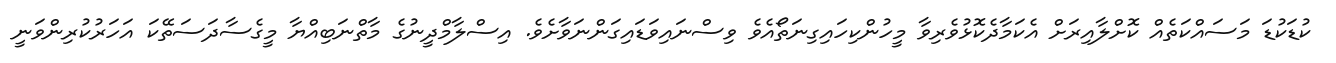
ކުޑަކުޑަ މަސައްކަތެއް ކޮށްލާއިރަށް އެކަމާދެކޮޅުވެރިވާ މީހުންކިހައިގިނަތޯއެވެ ވިސްނައިވަޑައިގަންނަވާށެވެ. އިސްލާމްދީނުގެ މާތްނަބިއްޔާ މީގެސާދަސަތޭކަ އަހަރުކުރިންވަނީ